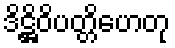
ဒိဋ္ဌိဝိပတ္တိဟေတု